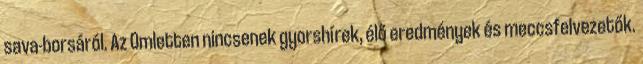
sava-borsáról. Az Omletten nincsenek gyorshírek, élő eredmények és meccsfelvezetők.